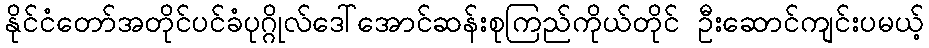
နိုင်ငံတော်အတိုင်ပင်ခံပုဂ္ဂိုလ်ဒေါ်အောင်ဆန်းစုကြည်ကိုယ်တိုင် ဦးဆောင်ကျင်းပမယ့်